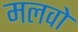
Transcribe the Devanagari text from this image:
मलवो